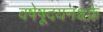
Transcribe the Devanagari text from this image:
वषेषूदयनश्चक्रे